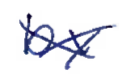
Text: by
Cross-out: mix
Writing tool: ballpoint